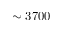
\sim 3 7 0 0